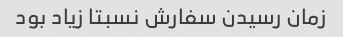
زمان رسیدن سفارش نسبتا زیاد بود